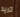
تريد